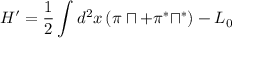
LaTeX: H ^ { \prime } = \frac { 1 } { 2 } \int d ^ { 2 } x \, ( \pi \sqcap + \pi ^ { \ast } \sqcap ^ { \ast } ) - L _ { 0 }